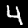
Label: 4